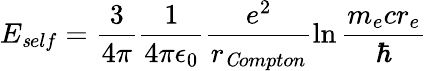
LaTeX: E_{\mathit self}=\frac{3}{4\pi}\frac{1}{4\pi\epsilon_{0}}\frac{e^{2}}{r_{\mathit Compton}}\ln\frac{m_{e}cr_{e}}{\hbar}